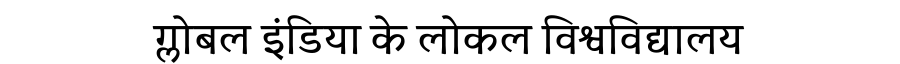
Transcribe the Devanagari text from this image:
ग्लोबल इंडिया के लोकल विश्वविद्यालय